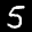
Label: 5